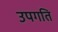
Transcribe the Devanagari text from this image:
उपगति